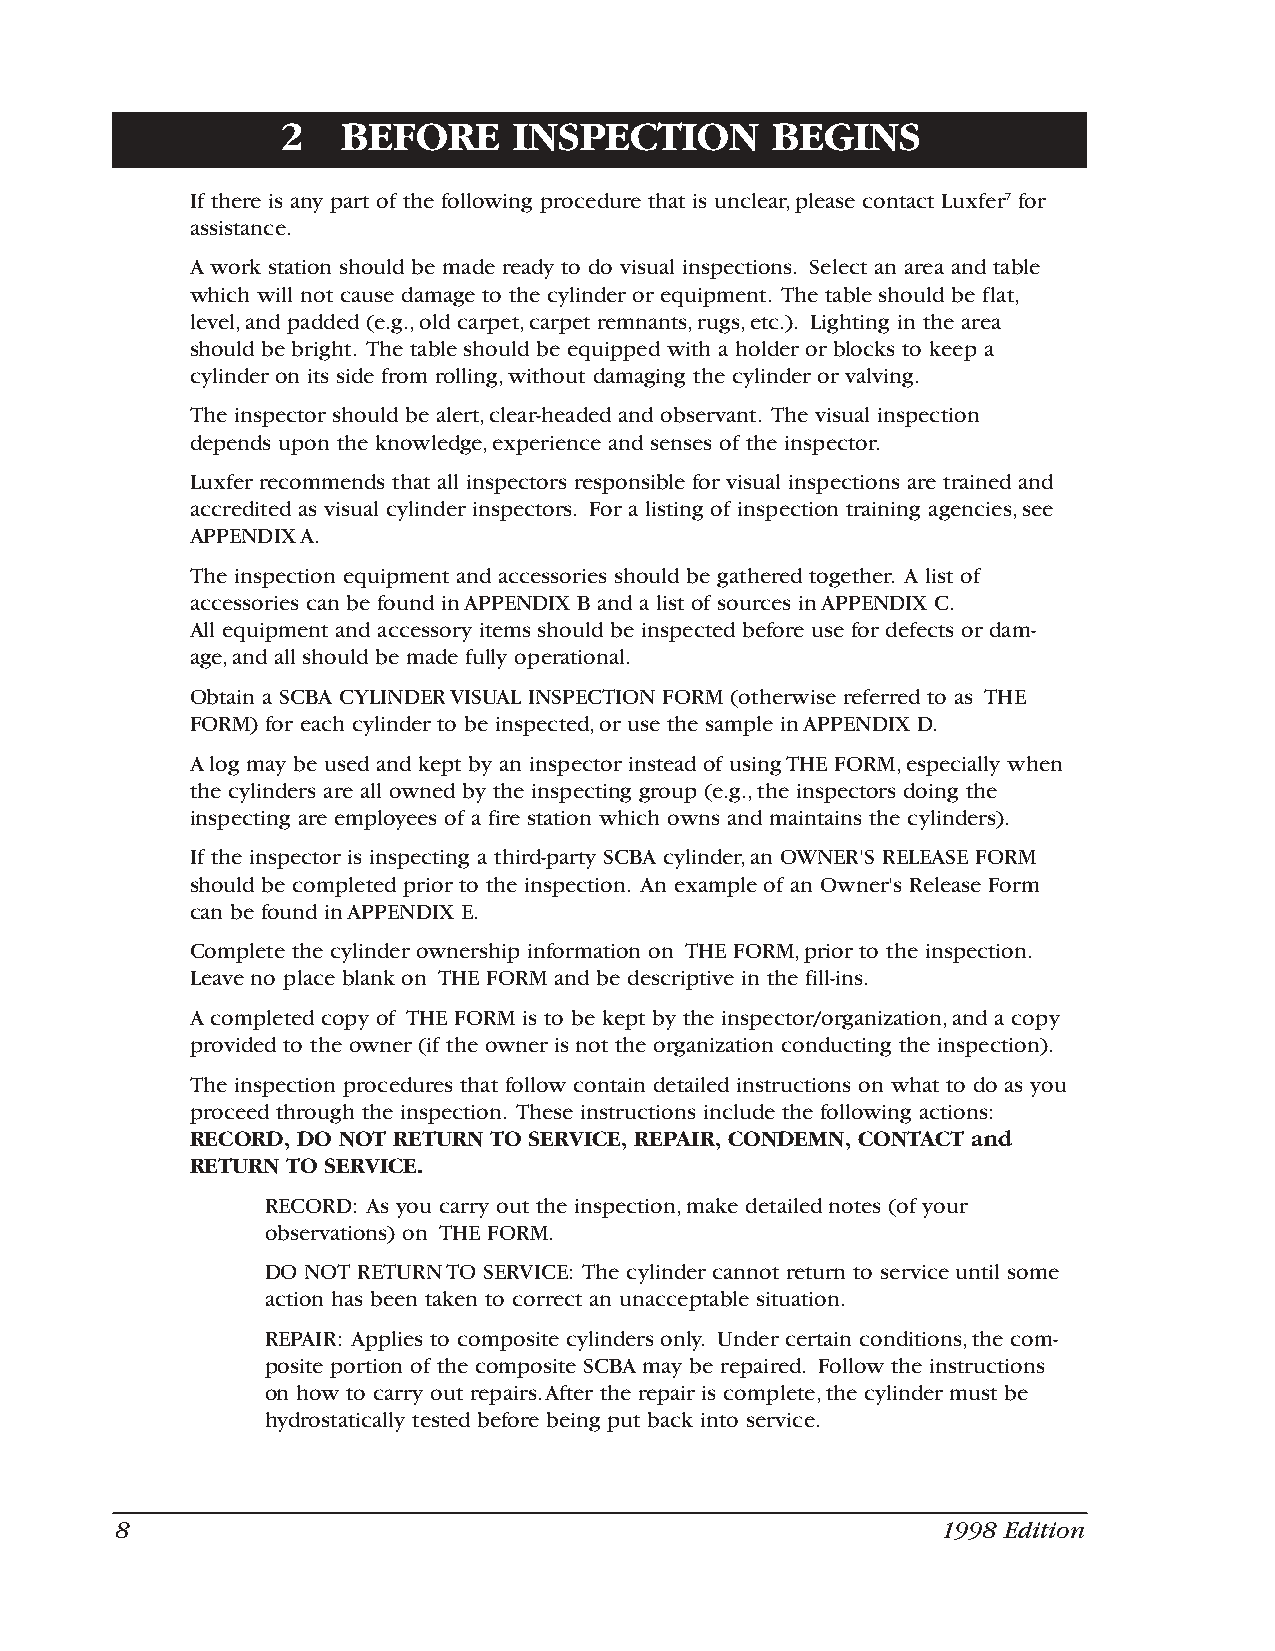
2   BEFORE     INSPECTION       BEGINS
 If there is any part of the following procedure that is unclear,please contact Luxfer7 for
 assistance.
 A work station should be made ready to do visual inspections. Select an area and table
 which will not cause damage to the cylinder or equipment. The table should be flat,
 level,and padded (e.g.,old carpet,carpet remnants,rugs,etc.). Lighting in the area
 should be bright. The table should be equipped with a holder or blocks to keep a
 cylinder on its side from rolling,without damaging the cylinder or valving.
 The inspector should be alert,clear-headed and observant. The visual inspection
 depends upon the knowledge,experience and senses of the inspector.
 Luxfer recommends that all inspectors responsible for visual inspections are trained and
 accredited as visual cylinder inspectors. For a listing of inspection training agencies,see
 APPENDIX A.
 The inspection equipment and accessories should be gathered together. A list of
 accessories can be found in APPENDIX B and a list of sources in APPENDIX C.
 All equipment and accessory items should be inspected before use for defects or dam-
 age,and all should be made fully operational.
 Obtain a SCBA CYLINDER VISUAL INSPECTION FORM (otherwise referred to as THE
 FORM) for each cylinder to be inspected,or use the sample in APPENDIX D.
 A log may be used and kept by an inspector instead of using THE FORM,especially when
 the cylinders are all owned by the inspecting group (e.g.,the inspectors doing the
 inspecting are employees of a fire station which owns and maintains the cylinders).
 If the inspector is inspecting a third-party SCBA cylinder,an OWNER'S RELEASE FORM
 should be completed prior to the inspection. An example of an Owner's Release Form
 can be found in APPENDIX E.
 Complete the cylinder ownership information on THE FORM,prior to the inspection.
 Leave no place blank on THE FORM and be descriptive in the fill-ins.
 A completed copy of THE FORM is to be kept by the inspector/organization,and a copy
 provided to the owner (if the owner is not the organization conducting the inspection).
 The inspection procedures that follow contain detailed instructions on what to do as you
 proceed through the inspection. These instructions include the following actions:
 RECORD, DO NOT RETURN TO SERVICE, REPAIR, CONDEMN, CONTACT and
 RETURN TO SERVICE.
 RECORD: As you carry out the inspection,make detailed notes (of your
 observations) on THE FORM.
 DO NOT RETURN TO SERVICE: The cylinder cannot return to service until some
 action has been taken to correct an unacceptable situation.
 REPAIR: Applies to composite cylinders only. Under certain conditions,the com-
 posite portion of the composite SCBA may be repaired. Follow the instructions
 on how to carry out repairs.After the repair is complete,the cylinder must be
 hydrostatically tested before being put back into service.
 8                                                     1998 Edition